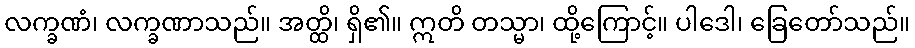
လက္ခဏံ၊ လက္ခဏာသည်။ အတ္ထိ၊ ရှိ၏။ ဣတိ တသ္မာ၊ ထို့ကြောင့်။ ပါဒေါ၊ ခြေတော်သည်။